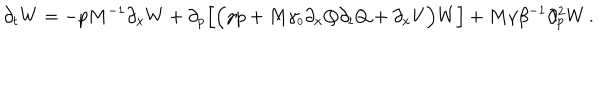
LaTeX: \partial _ { t } W = - p M ^ { - 1 } \partial _ { x } W + \partial _ { p } \Big [ \Big ( \gamma p + M \gamma _ { \scriptscriptstyle 0 } \partial _ { x } Q \partial _ { t } Q + \partial _ { x } V \Big ) W \Big ] + M \gamma \beta ^ { - 1 } \partial _ { p } ^ { 2 } W \, .